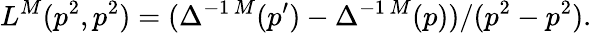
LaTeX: L^{M}(p^{2},p^{2})=(\Delta^{-1\, M}(p^{\prime})-\Delta^{-1\, M}(p))/(p^{2}-p^{2}).